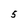
Character: 5